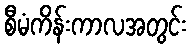
စီမံကိန်းကာလအတွင်း